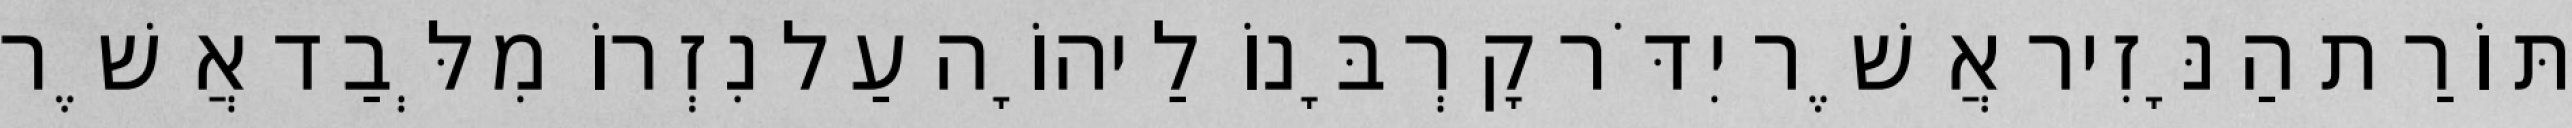
תּוֹרַת הַנָּזִיר אֲשֶׁר יִדֹּר קָרְבָּנוֹ לַיהוָֹה עַל נִזְרוֹ מִלְּבַד אֲשֶׁר